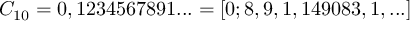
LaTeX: C _ { 1 0 } = 0 , 1 2 3 4 5 6 7 8 9 1 . . . = [ 0 ; 8 , 9 , 1 , 1 4 9 0 8 3 , 1 , . . . ]